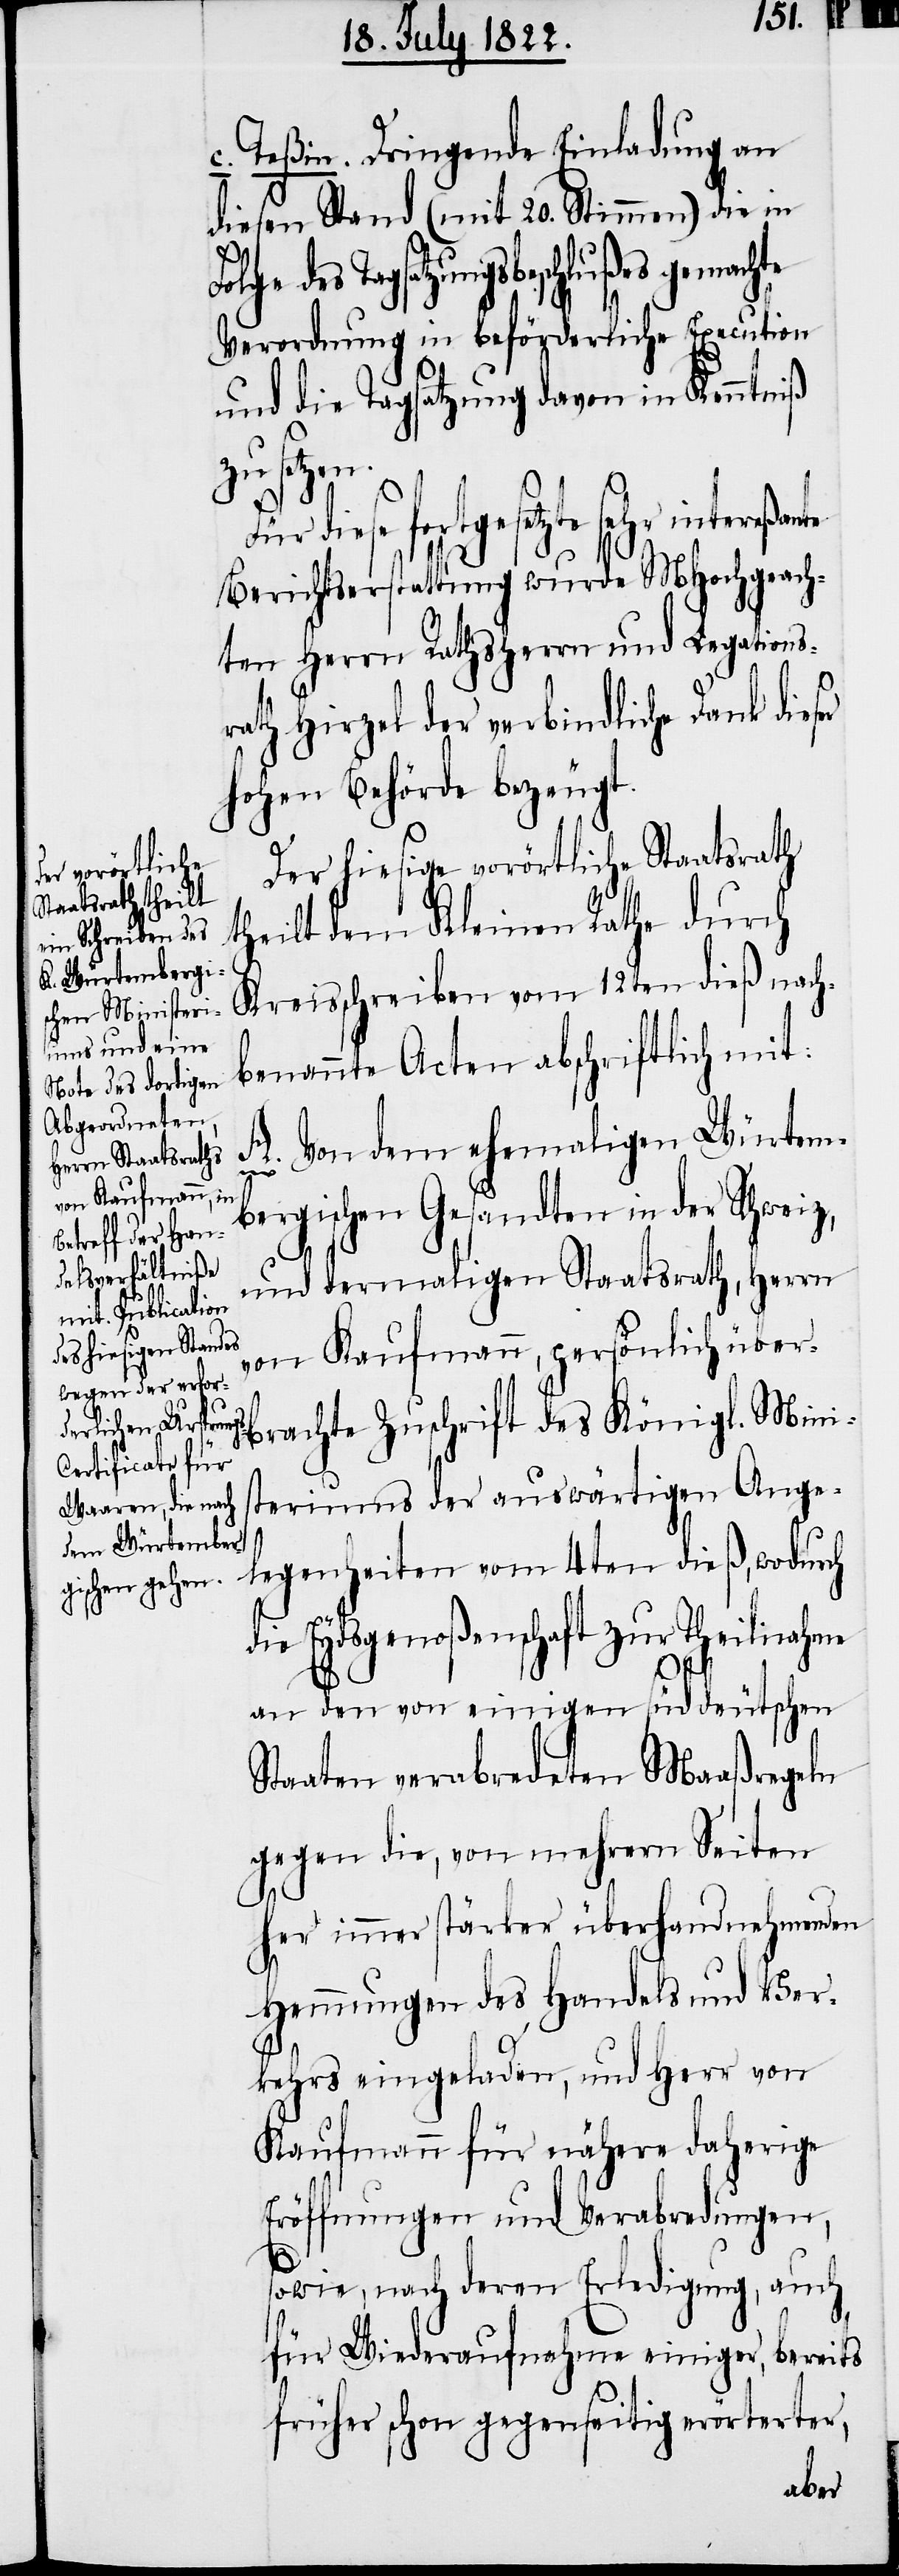
c. Teßin. Dringende Einladung an
diesen Stand (mit 20. Stimmen) die in
des Tagsatzungsbeschlußes gemachte
Verordnung in beförderliche Execution
und die Tagsatzung davon in Kenntniß
zu setzen.
die fortgesetzte sehr intereßa¬
Berichtserstattung wurde MHochgeach¬
ten Herrn Rathsherrn und Legations¬
rath Hirzel der verbindliche Dank dies¬
Hohen Behörde bezeugt.
Der hiesige vorörtliche Staatsrath
theilt dem Kleinen Rathe durch
Kreisschreiben vom 12ten dieß nach¬
benannte Acten abschriftlich mit:
A. Von dem ehemaligen Würtem¬
er
bergischen Gesandten in der Schweiz,
und dermaligen Staatsrath, Herrn
von Kaufmann, persönlich über¬
brachte Zuschrift des Königl. Mini¬
steriums der auswärtigen Ange¬
legenheiten vom 4ten dieß, wodur¬
die Eydsgenoßenschaft zur Theilnahme
ch
an den von einigen süddeutschen
Staaten verabredeten Maaßregeln
gegen die, von mehrern Seiten
her immer stärker überhandnehmenden
Hemmungen des Handels und Ver¬
kehrs eingeladen, und Herr von
Kaufmann für nähere daherige
Eröffnungen und Verabredungen,
sowie, nach deren Erledigung, auch
für Wiederaufnahme einiger, bereits
früher schon gegenseitig erörterter,